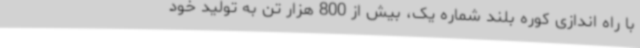
با راه اندازی کوره بلند شماره یک، بیش از 800 هزار تن به تولید خود